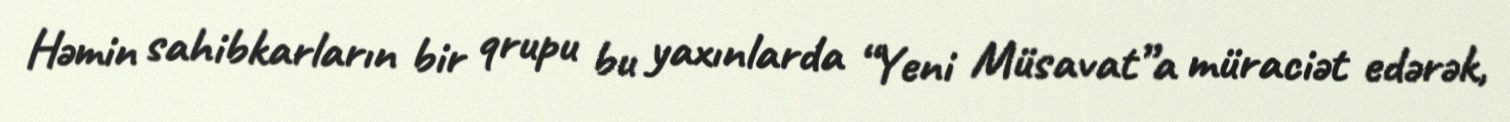
Həmin sahibkarların bir qrupu bu yaxınlarda “Yeni Müsavat”a müraciət edərək,